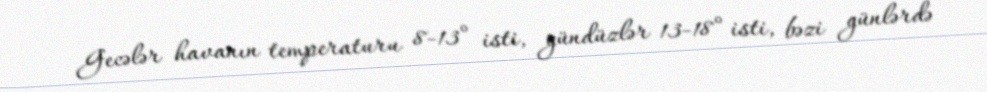
Gecələr havanın temperaturu 8-13° isti, gündüzlər 13-18° isti, bəzi günlərdə